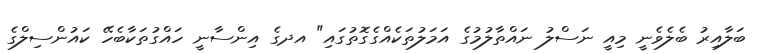
ބަލާއިރު ބެލެވެނީ މިއީ ނަސްލު ނައްތާލުމުގެ އަމަލުތަކެއްގެގޮތުގައި" އދގެ އިންސާނީ ހައްގުތަކާބެހޭ ކައުންސިލްގެ